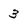
Character: 3